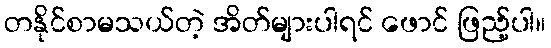
တနိုင်စာမသယ်တဲ့ အိတ်များပါရင် ဖောင် ဖြည့်ပါ။